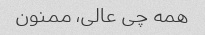
همه چی عالی، ممنون